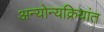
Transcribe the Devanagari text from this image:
अन्योन्यक्रियांत